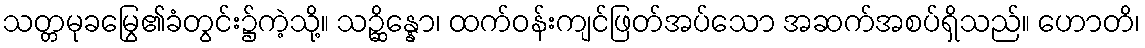
သတ္တမုခမြွေ၏ခံတွင်း၌ကဲ့သို့။ သဉ္ဆိန္နော၊ ထက်ဝန်းကျင်ဖြတ်အပ်သော အဆက်အစပ်ရှိသည်။ ဟောတိ၊